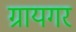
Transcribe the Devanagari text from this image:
ग्रायगर